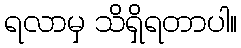
ရလာမှ သိရှိရတာပါ။